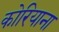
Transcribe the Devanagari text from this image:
कोरियाना